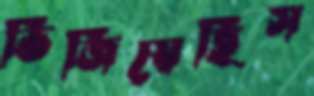
ভিজিয়েছিস